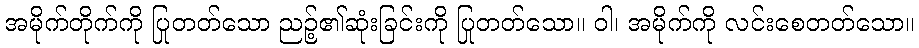
အမိုက်တိုက်ကို ပြုတတ်သော ညဉ့်၏ဆုံးခြင်းကို ပြုတတ်သော။ ဝါ၊ အမိုက်ကို လင်းစေတတ်သော။